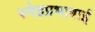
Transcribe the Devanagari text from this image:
स्नेहप्रभाबाई